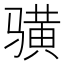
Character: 𱅦